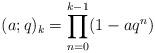
LaTeX: \begin{align*}(a;q)_{k}=\prod_{n=0}^{k-1}(1-aq^{n})\end{align*}